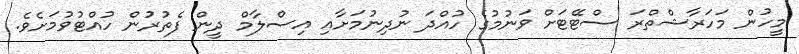
މީހުން މަހަރާޝްތްރަ ސްޓޭޓަށް ވަނުމުގެ ހުއްދަ ނުދިނުމަށާއި އިސްލާމް ދީން ފެތުރުން ހުއްޓުވުމަށެވެ.